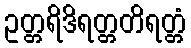
ဥတ္တရိဒိရတ္တတိရတ္တံ